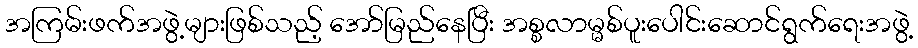
အကြမ်းဖက်အဖွဲ့များဖြစ်သည့် အော်မြည်နေပြီး အစ္စလာမ္မစ်ပူးပေါင်းဆောင်ရွက်ရေးအဖွဲ့